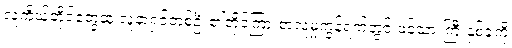
လူကိုယ်တိုင်တွေ့ဆုံ လူနာရှင်တစ်ဦး၏တိုင်ကြားစာလူမှုကွန်ရက်တွင် ဖင်သားကြီးနှစ်ခုကို